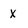
Character: X